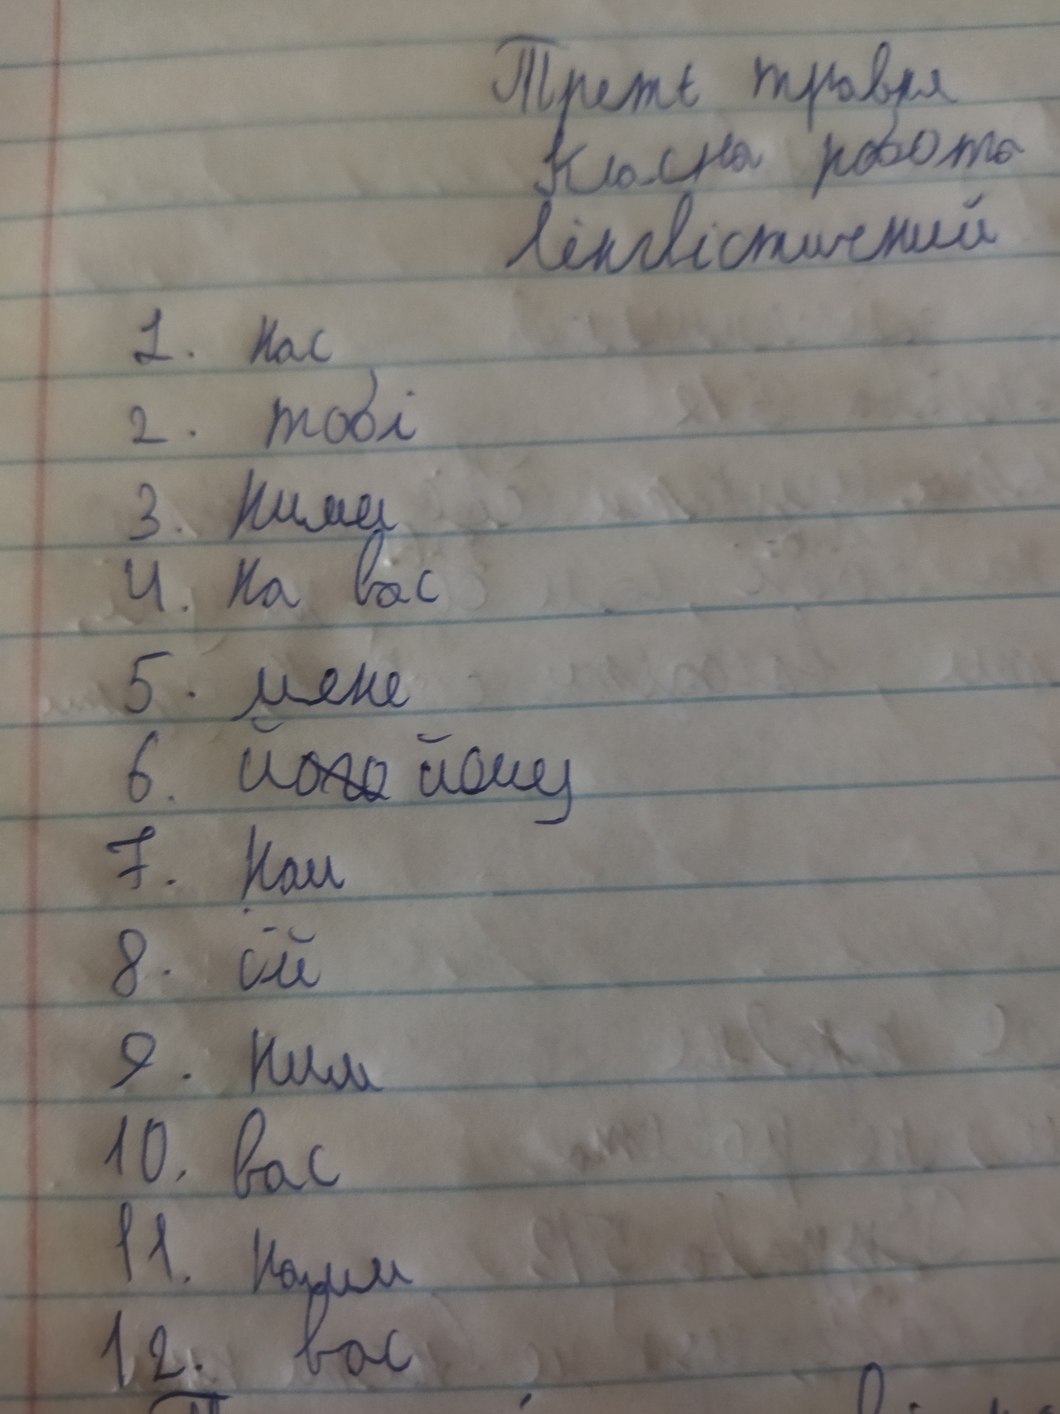
Третє травня
Класна робота
лінгвістичний
1. Нас
2. тобі
3. ними
4. На вас
5. мене
6. йому
7. нам
8. їй
9. ним
10. вас
11. нами
12. вас